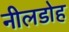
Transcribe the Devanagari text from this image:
नीलडोह